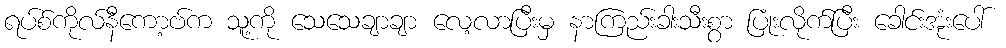
ရပ်စ်ကိုလ်နီကော့ဗ်က သူ့ကို သေသေချာချာ လေ့လာပြီးမှ နာကြည်းခါးသီးစွာ ပြုံးလိုက်ပြီး ခေါင်းအုံးပေါ်